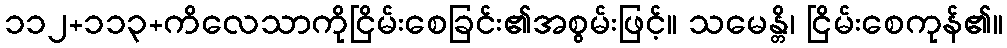
၁၁၂+၁၁၃+ကိလေသာကိုငြိမ်းစေခြင်း၏အစွမ်းဖြင့်။ သမေန္တိ၊ ငြိမ်းစေကုန်၏။